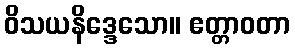
ဝိသယနိဒ္ဒေသော။ ဧတ္တာဝတာ